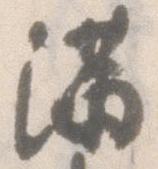
満